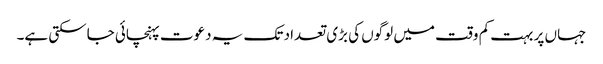
جہاں پر بہت کم وقت میں لوگوں کی بڑی تعداد تک یہ دعوت پہنچائی جاسکتی ہے۔